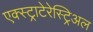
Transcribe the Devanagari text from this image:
एक्स्ट्राटेरेस्ट्रिअल